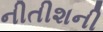
નીતીશની